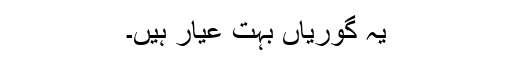
یہ گوریاں بہت عیار ہیں۔